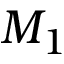
M _ { 1 }